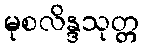
မုစလိန္ဒသုတ္တ